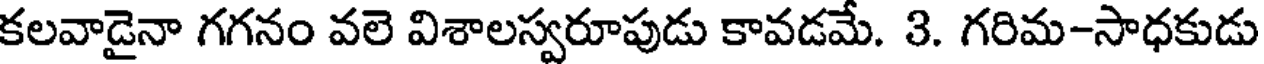
కలవాడైనా గగనం వలె విశాలస్వరూపుడు కావడమే. 3. గరిమ-సాధకుడు